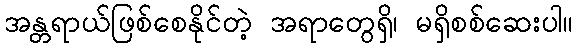
အန္တရာယ်ဖြစ်စေနိုင်တဲ့ အရာတွေရှိ၊ မရှိစစ်ဆေးပါ။